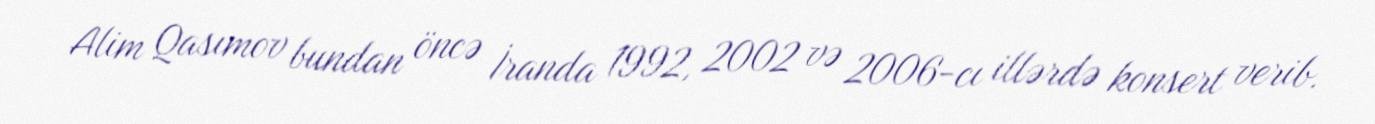
Alim Qasımov bundan öncə İranda 1992, 2002 və 2006-cı illərdə konsert verib.